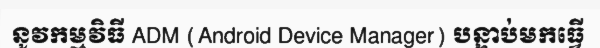
នូវកម្មវិធី ADM (Android Device Manager) បន្ទាប់មកធ្វើ